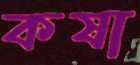
কষা